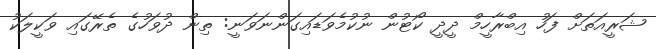
ޝަރީއަތަށް ފަހު އިބްރާހީމް ދީދީ ކޯޓުން ނުކުމެވަޑައިގަންނަވަނީ: ތިން ދުވަހުގެ ތެރޭގައި ވަކީލަކު